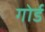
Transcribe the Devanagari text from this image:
गोर्ड